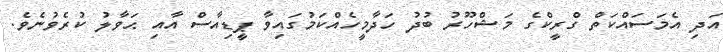
އަދި އެމަސައްކަތް ގްރީކްގެ މަޝްހޫރު ބުދު ހަދާމީހެއްކަމުގައިވާ ޕީޑިއާސް އާއި ޙަވާލު ކުރެވުނެވެ.